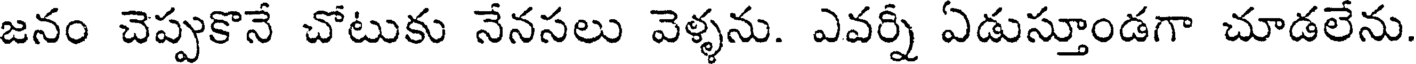
జనం చెప్పుకొనే చోటుకు నేనసలు వెళ్ళను. ఎవర్నీ ఏడుస్తూండగా చూడలేను.